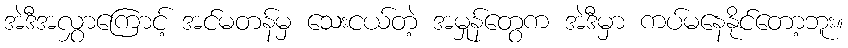
အဲဒီအလွှာကြောင့် အင်မတန်မှ သေးငယ်တဲ့ အမှုန်တွေက အဲဒီမှာ ကပ်မနေနိုင်တော့ဘူး။